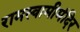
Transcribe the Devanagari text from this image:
रामस्वामीमंदिर